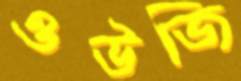
ওউজি